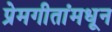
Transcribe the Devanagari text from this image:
प्रेमगीतांमधून